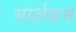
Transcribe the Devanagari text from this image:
स्पर्शक्रम